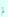
لم